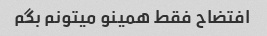
افتضاح فقط همینو میتونم بگم